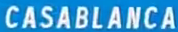
CASABLANCA